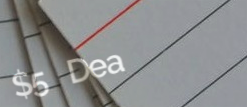
$5 Deal